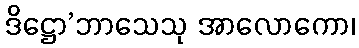
ဒိဋ္ဌော’ဘာသေသု အာလောကော၊